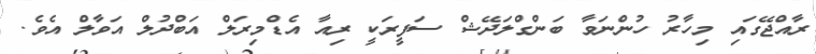
ރާއްޖޭގައި މިހާރު ހުންނަވާ ބަންގްލަދޭޝް ސަފީރަކީ ރިއާ އެޑްމިރަލް އަބްދުލް އަވާލް އެވެ.